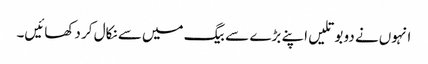
انہوں‌نے دو بوتلیں اپنے بڑے سے بیگ میں‌سے نکال کر دکھائیں۔